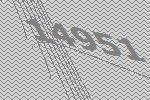
14951